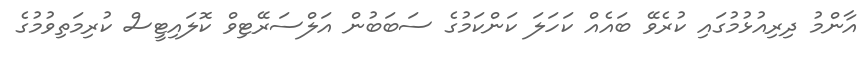
އާންމު ދިރިއުޅުމުގައި ކުރެވޭ ބައެއް ކަހަލަ ކަންކަމުގެ ސަބަބުން އަލްސަރޭޓިވް ކޮލައިޓީސް ކުރިމަތިވުމުގެ